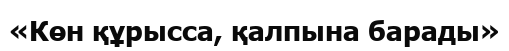
«Көн құрысса, қалпына барады»